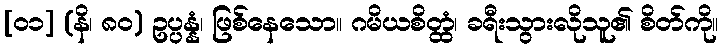
[၀၁] (နိ၊ ၈၀) ဥပ္ပန္နံ၊ ဖြစ်နေသော။ ဂမိယစိတ္ထံ၊ ခရီးသွားလိုသူ၏ စိတ်ကို။